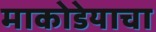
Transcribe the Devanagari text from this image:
माकोडेयाचा